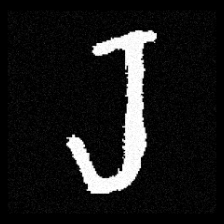
Pyu character \u2014 Myanmar letter: ရ (romanized: ra)